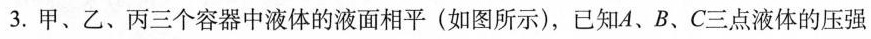
3.甲、乙、丙三个容器中液体的液面相平(如图所示)，已知A、B、C三点液体的压强